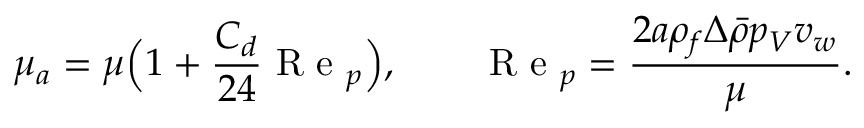
\mu _ { a } = \mu \Bigl ( 1 + \frac { C _ { d } } { 2 4 } \mathrm { ~ R ~ e ~ } _ { p } \Bigr ) , \qquad \mathrm { ~ R ~ e ~ } _ { p } = \frac { 2 a \rho _ { f } \Delta \bar { \rho } p _ { V } v _ { w } } { \mu } .